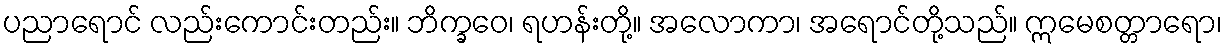
ပညာရောင် လည်းကောင်းတည်း။ ဘိက္ခဝေ၊ ရဟန်းတို့။ အလောကာ၊ အရောင်တို့သည်။ ဣမေစတ္တာရော၊